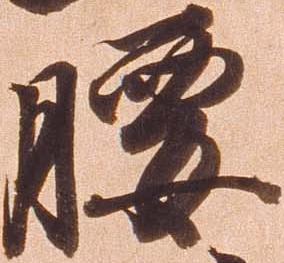
腰